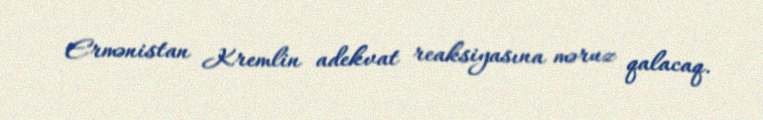
Ermənistan Kremlin adekvat reaksiyasına məruz qalacaq.